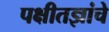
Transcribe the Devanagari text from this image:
पक्षीतज्ञांचे